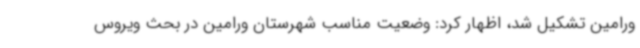
ورامین تشکیل شد، اظهار کرد: وضعیت مناسب شهرستان ورامین در ‌بحث ویروس